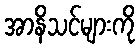
အာနိသင်များကို